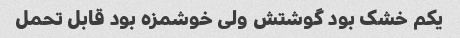
یکم خشک بود گوشتش ولی خوشمزه بود قابل تحمل